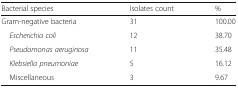
| Bacterial species | Isolates count | % |
 | --- | --- | --- |
 | Gram-negative bacteria | 31 | 100.00 |
 | Escherichia coli | 12 | 38.70 |
 | Pseudomonas aeruginosa | 11 | 35.48 |
 | Klebsiella pneumoniae | 5 | 16.12 |
 | Miscellaneous | 3 | 9.67 |